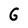
Character: G